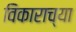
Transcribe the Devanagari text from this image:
विकाराच्या